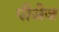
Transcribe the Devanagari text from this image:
पीजेज